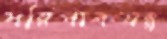
পরিপাকযন্ত্র